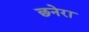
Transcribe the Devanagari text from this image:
छनेरा